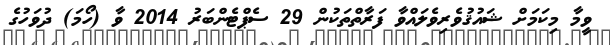
ވީމާ މިކަމަށް ޝައުޤުވެރިވެލައްވާ ފަރާތްތަކުން 29 ސެޕްޓެންބަރު 2014 ވާ (ހޯމަ) ދުވަހުގެ